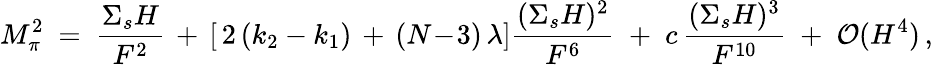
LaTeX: M_{\pi}^{2}\ =\ \frac{{\Sigma}_{s}H}{F^{2}}\, +\, [\, 2\, (k_{2}-k_{1})\, +\, (N\! -\! 3)\, \lambda]\frac{({\Sigma}_{s}H)^{2}}{F^{6}}\; +\; c\, \frac{({\Sigma}_{s}H)^{3}}{F^{10}}\; +\; {\cal O}(H^{4})\, ,